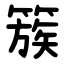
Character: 簇